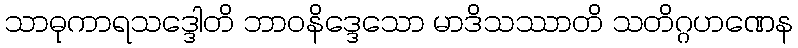
သာဓုကာရသဒ္ဒေါတိ ဘာဝနိဒ္ဒေသော မာဒိသဿာတိ သတိဂ္ဂဟဏေန